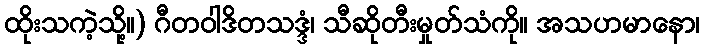
ထိုးသကဲ့သို့။) ဂီတဝါဒိတသဒ္ဒံ၊ သီဆိုတီးမှုတ်သံကို။ အသဟမာနော၊